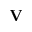
{ \bf V }